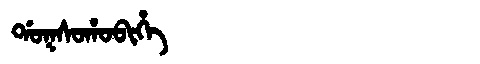
Manchu: ᡩᠣᡴᠰᠣᡥᠣᠪᡳᡥᡝ
Romanization: DOKSOHOBIHE